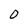
Character: 0